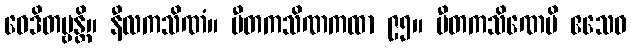
ဝေဒိတဗ္ဗန္တိ။ နီလကသိဏံ။ ပီတကသိဏကထာ ၉၅။ ပီတကသိဏေပိ ဧသေဝ